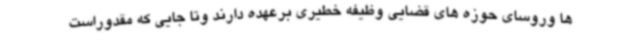
ها وروسای حوزه های قضایی وظیفه خطیری برعهده دارند وتا جایی که مقدوراست